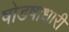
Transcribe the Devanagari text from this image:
षोडषाधारी